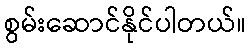
စွမ်းဆောင်နိုင်ပါတယ်။